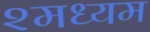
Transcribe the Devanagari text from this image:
२मध्यम